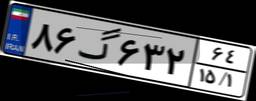
۸۶گ۶۳۲۶۴